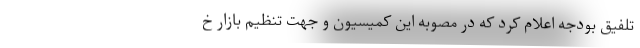
تلفیق بودجه اعلام کرد که در مصوبه این کمیسیون و جهت تنظیم بازار خ